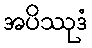
အပိဿုဒံ